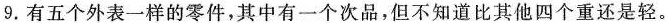
9.有五个外表一样的零件，其中有一个次品，但不知道比其他四个重还是轻。